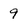
Character: 9